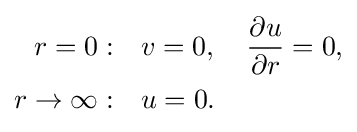
{\begin{aligned}r=0:&\quad v=0,\quad {\frac {\partial u}{\partial r}}=0,\\r\rightarrow \infty :&\quad u=0.\end{aligned}}